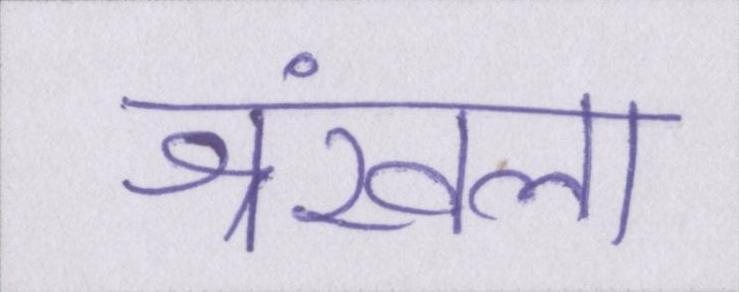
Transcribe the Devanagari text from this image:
श्रंखला